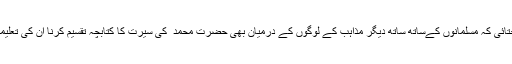
انہوں نے اس بات پر خوشی جتائی کہ مسلمانوں کےساتھ ساتھ دیگر مذاہب کے لوگوں کے درمیان بھی حضرت محمد ؐ کی سیرت کا کتابچہ تقسیم کرنا ان کی تعلیمات سے آگاہی کی جارہی ہے۔